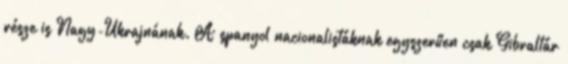
része is Nagy-Ukrajnának. A spanyol nacionalistáknak egyszerűen csak Gibraltár